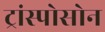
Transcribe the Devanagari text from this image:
ट्रांस्पोसोन